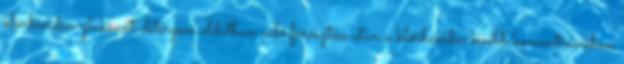
klórhexidin-glukonát-detergens oldatban való fürösztése után a klórhexidin kisebb koncentrációban